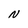
Character: N